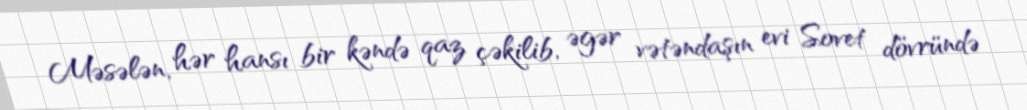
Məsələn, hər hansı bir kəndə qaz çəkilib, əgər vətəndaşın evi Sovet dövründə